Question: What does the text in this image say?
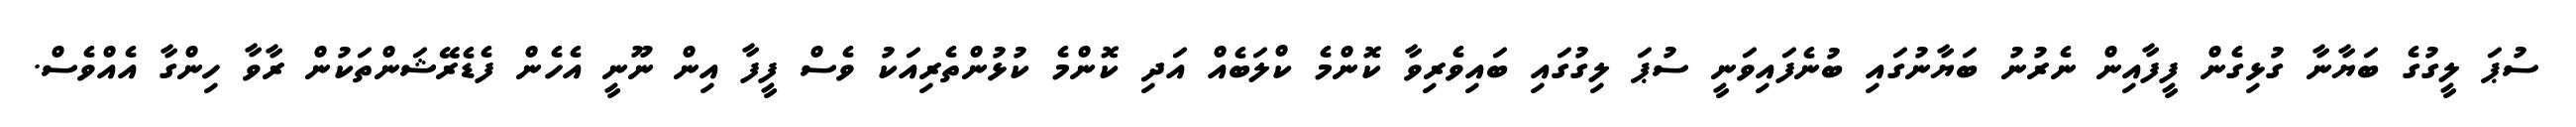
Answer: ސުޕަ ލީގުގެ ބަޔާނާ ގުޅިގެން ފީފާއިން ނެރުނު ބަޔާނުގައި ބުނެފައިވަނީ ސުޕަ ލިގުގައި ބައިވެރިވާ ކޮންމެ ކްލަބެއް އަދި ކޮންމެ ކުޅުންތެރިއަކު ވެސް ފީފާ އިން ނޫނީ އެހެން ފެޑެރޭޝަންތަކުން ރާވާ ހިންގާ އެއްވެސް.